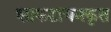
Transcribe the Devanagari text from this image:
शाकटायनकृत